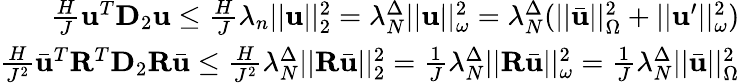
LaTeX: \begin{array}{r}{\frac{H}{J}\mathbf{u}^{T}\mathbf{D}_{2}\mathbf{u}\leq\frac{H}{J}\lambda_{n}||\mathbf{u}||_{2}^{2}=\lambda_{N}^{\Delta}||\mathbf{u}||_{\omega}^{2}=\lambda_{N}^{\Delta}(||\bar{\mathbf{u}}||_{\Omega}^{2}+||\mathbf{u}^{\prime}||_{\omega}^{2})}\\ {\frac{H}{J^{2}}\bar{\mathbf{u}}^{T}\mathbf{R}^{T}\mathbf{D}_{2}\mathbf{R}\bar{\mathbf{u}}\leq\frac{H}{J^{2}}\lambda_{N}^{\Delta}||\mathbf{R}\bar{\mathbf{u}}||_{2}^{2}=\frac{1}{J}\lambda_{N}^{\Delta}||\mathbf{R}\bar{\mathbf{u}}||_{\omega}^{2}=\frac{1}{J}\lambda_{N}^{\Delta}||\bar{\mathbf{u}}||_{\Omega}^{2}}\end{array}